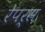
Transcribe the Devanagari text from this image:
रेपर्स